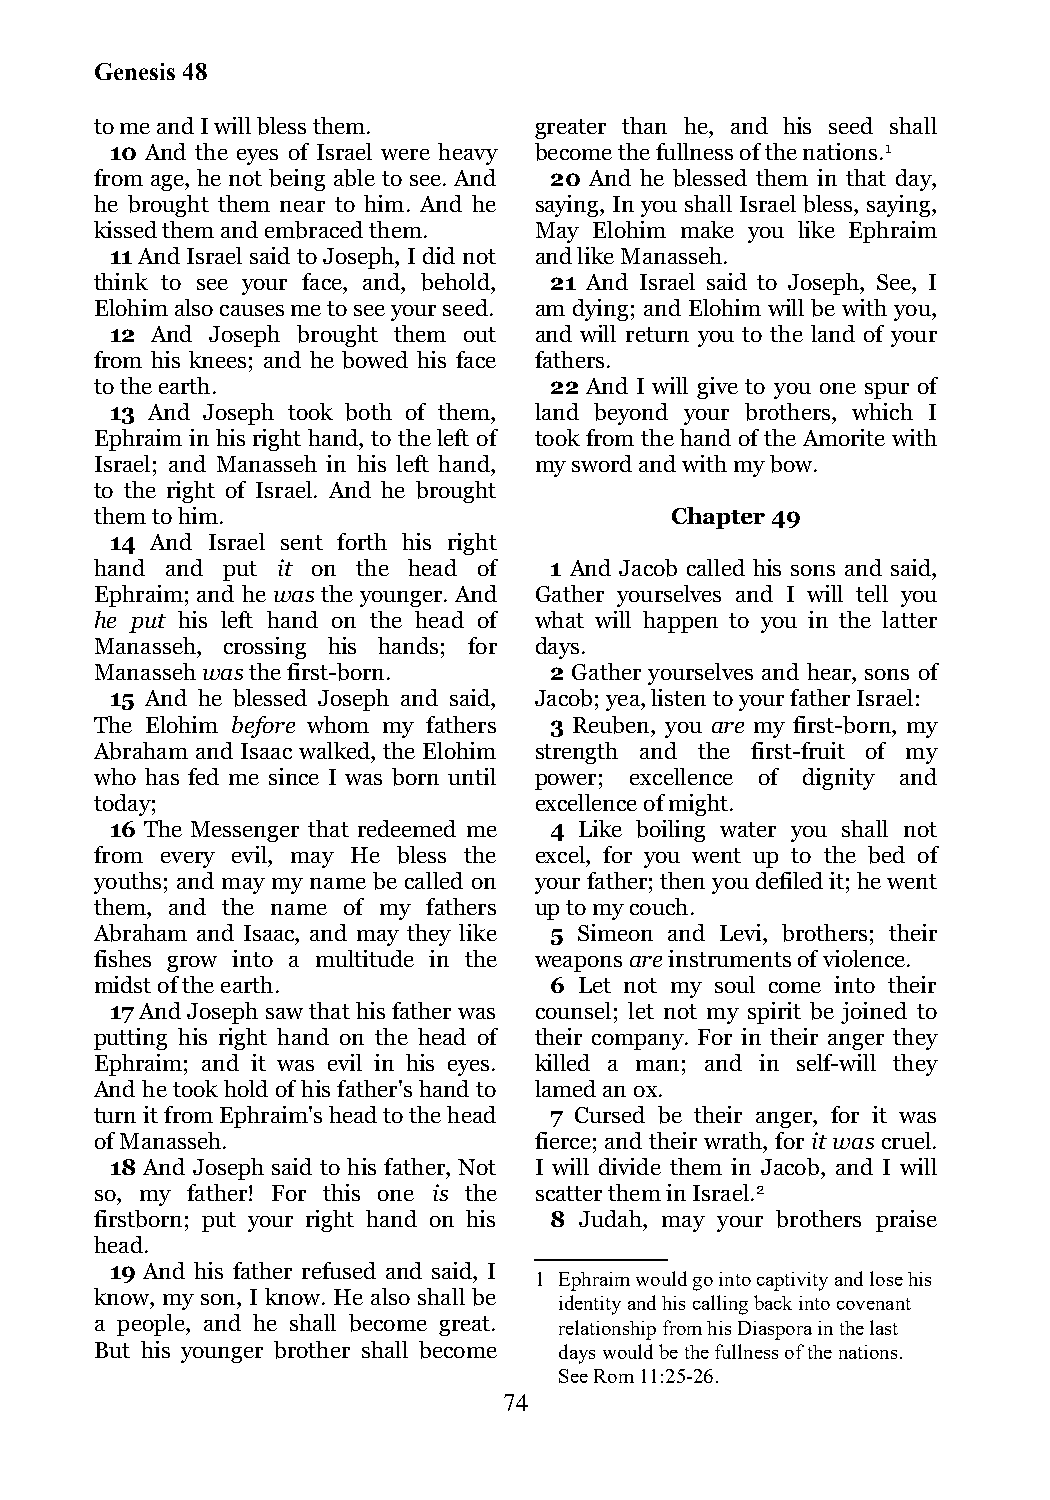
Genesis 48
 to me and I will bless them. greater than he, and his seed shall
 10 And the eyes of Israel were heavy become the fullness of the nations.1
 from age, he not being able to see. And 20 And he blessed them in that day,
 he brought them near to him. And he saying, In you shall Israel bless, saying,
 kissed them and embraced them. May Elohim make you like Ephraim
 11 And Israel said to Joseph, I did not and like Manasseh.
 think to see your face, and, behold, 21 And Israel said to Joseph, See, I
 Elohim also causes me to see your seed. am dying; and Elohim will be with you,
 12 And Joseph brought them out and will return you to the land of your
 from his knees; and he bowed his face fathers.
 to the earth.                 22 And I will give to you one spur of
 13 And Joseph took both of them, land beyond your brothers, which I
 Ephraim in his right hand, to the left of took from the hand of the Amorite with
 Israel; and Manasseh in his left hand, my sword and with my bow.
 to the right of Israel. And he brought
 them to him.                          Chapter 49
 14 And Israel sent forth his right
 hand and put it on the head of 1 And Jacob called his sons and said,
 Ephraim; and he was the younger. And Gather yourselves and I will tell you
 he put his left hand on the head of what will happen to you in the latter
 Manasseh, crossing his hands; for days.
 Manasseh was the first-born.  2 Gather yourselves and hear, sons of
 15 And he blessed Joseph and said, Jacob; yea, listen to your father Israel:
 The Elohim before whom my fathers 3 Reuben, you are my first-born, my
 Abraham and Isaac walked, the Elohim strength and the first-fruit of my
 who has fed me since I was born until power; excellence of dignity and
 today;                       excellence of might.
 16 The Messenger that redeemed me 4 Like boiling water you shall not
 from every evil, may He bless the excel, for you went up to the bed of
 youths; and may my name be called on your father; then you defiled it; he went
 them, and the name of my fathers up to my couch.
 Abraham and Isaac, and may they like 5 Simeon and Levi, brothers; their
 fishes grow into a multitude in the weapons are instruments of violence.
 midst of the earth.           6 Let not my soul come into their
 17 And Joseph saw that his father was counsel; let not my spirit be joined to
 putting his right hand on the head of their company. For in their anger they
 Ephraim; and it was evil in his eyes. killed a man; and in self-will they
 And he took hold of his father's hand to lamed an ox.
 turn it from Ephraim's head to the head 7 Cursed be their anger, for it was
 of Manasseh.                 fierce; and their wrath, for it was cruel.
 18 And Joseph said to his father, Not I will divide them in Jacob, and I will
 so, my father! For this one is the scatter them in Israel.2
 firstborn; put your right hand on his 8 Judah, may your brothers praise
 head.
 19 And his father refused and said, I
 1 Ephraim would go into captivity and lose his
 know, my son, I know. He also shall be
 identity and his calling back into covenant
 a people, and he shall become great. relationship from his Diaspora in the last
 But his younger brother shall become days would be the fullness of the nations.
 See Rom 11:25-26.
 74